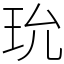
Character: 玧